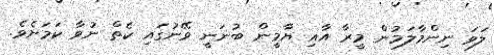
ލަވަ ނިންމާލަމުން މީރާ އާއި ޔާމީން ބުނަނީ ވޭނުގައި ކެތް ނުވާ ކަމަށެވެ.